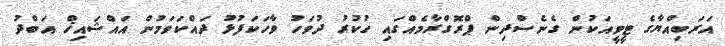
އަރަބިއްޔާގެ ޓީވީއަކުން ގެނެސްދިން ޕްރޮގްރާމެއްގައި ހުކުރު ދުވަހު ވާހަކަފުޅު ދައްކަވަމުން އައްޝައިޚް އަބްދު